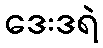
ဒေးဒရဲ